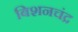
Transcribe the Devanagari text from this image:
बिशनचंद्र